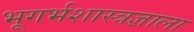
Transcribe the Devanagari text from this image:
भूगर्भशास्त्रज्ञाला